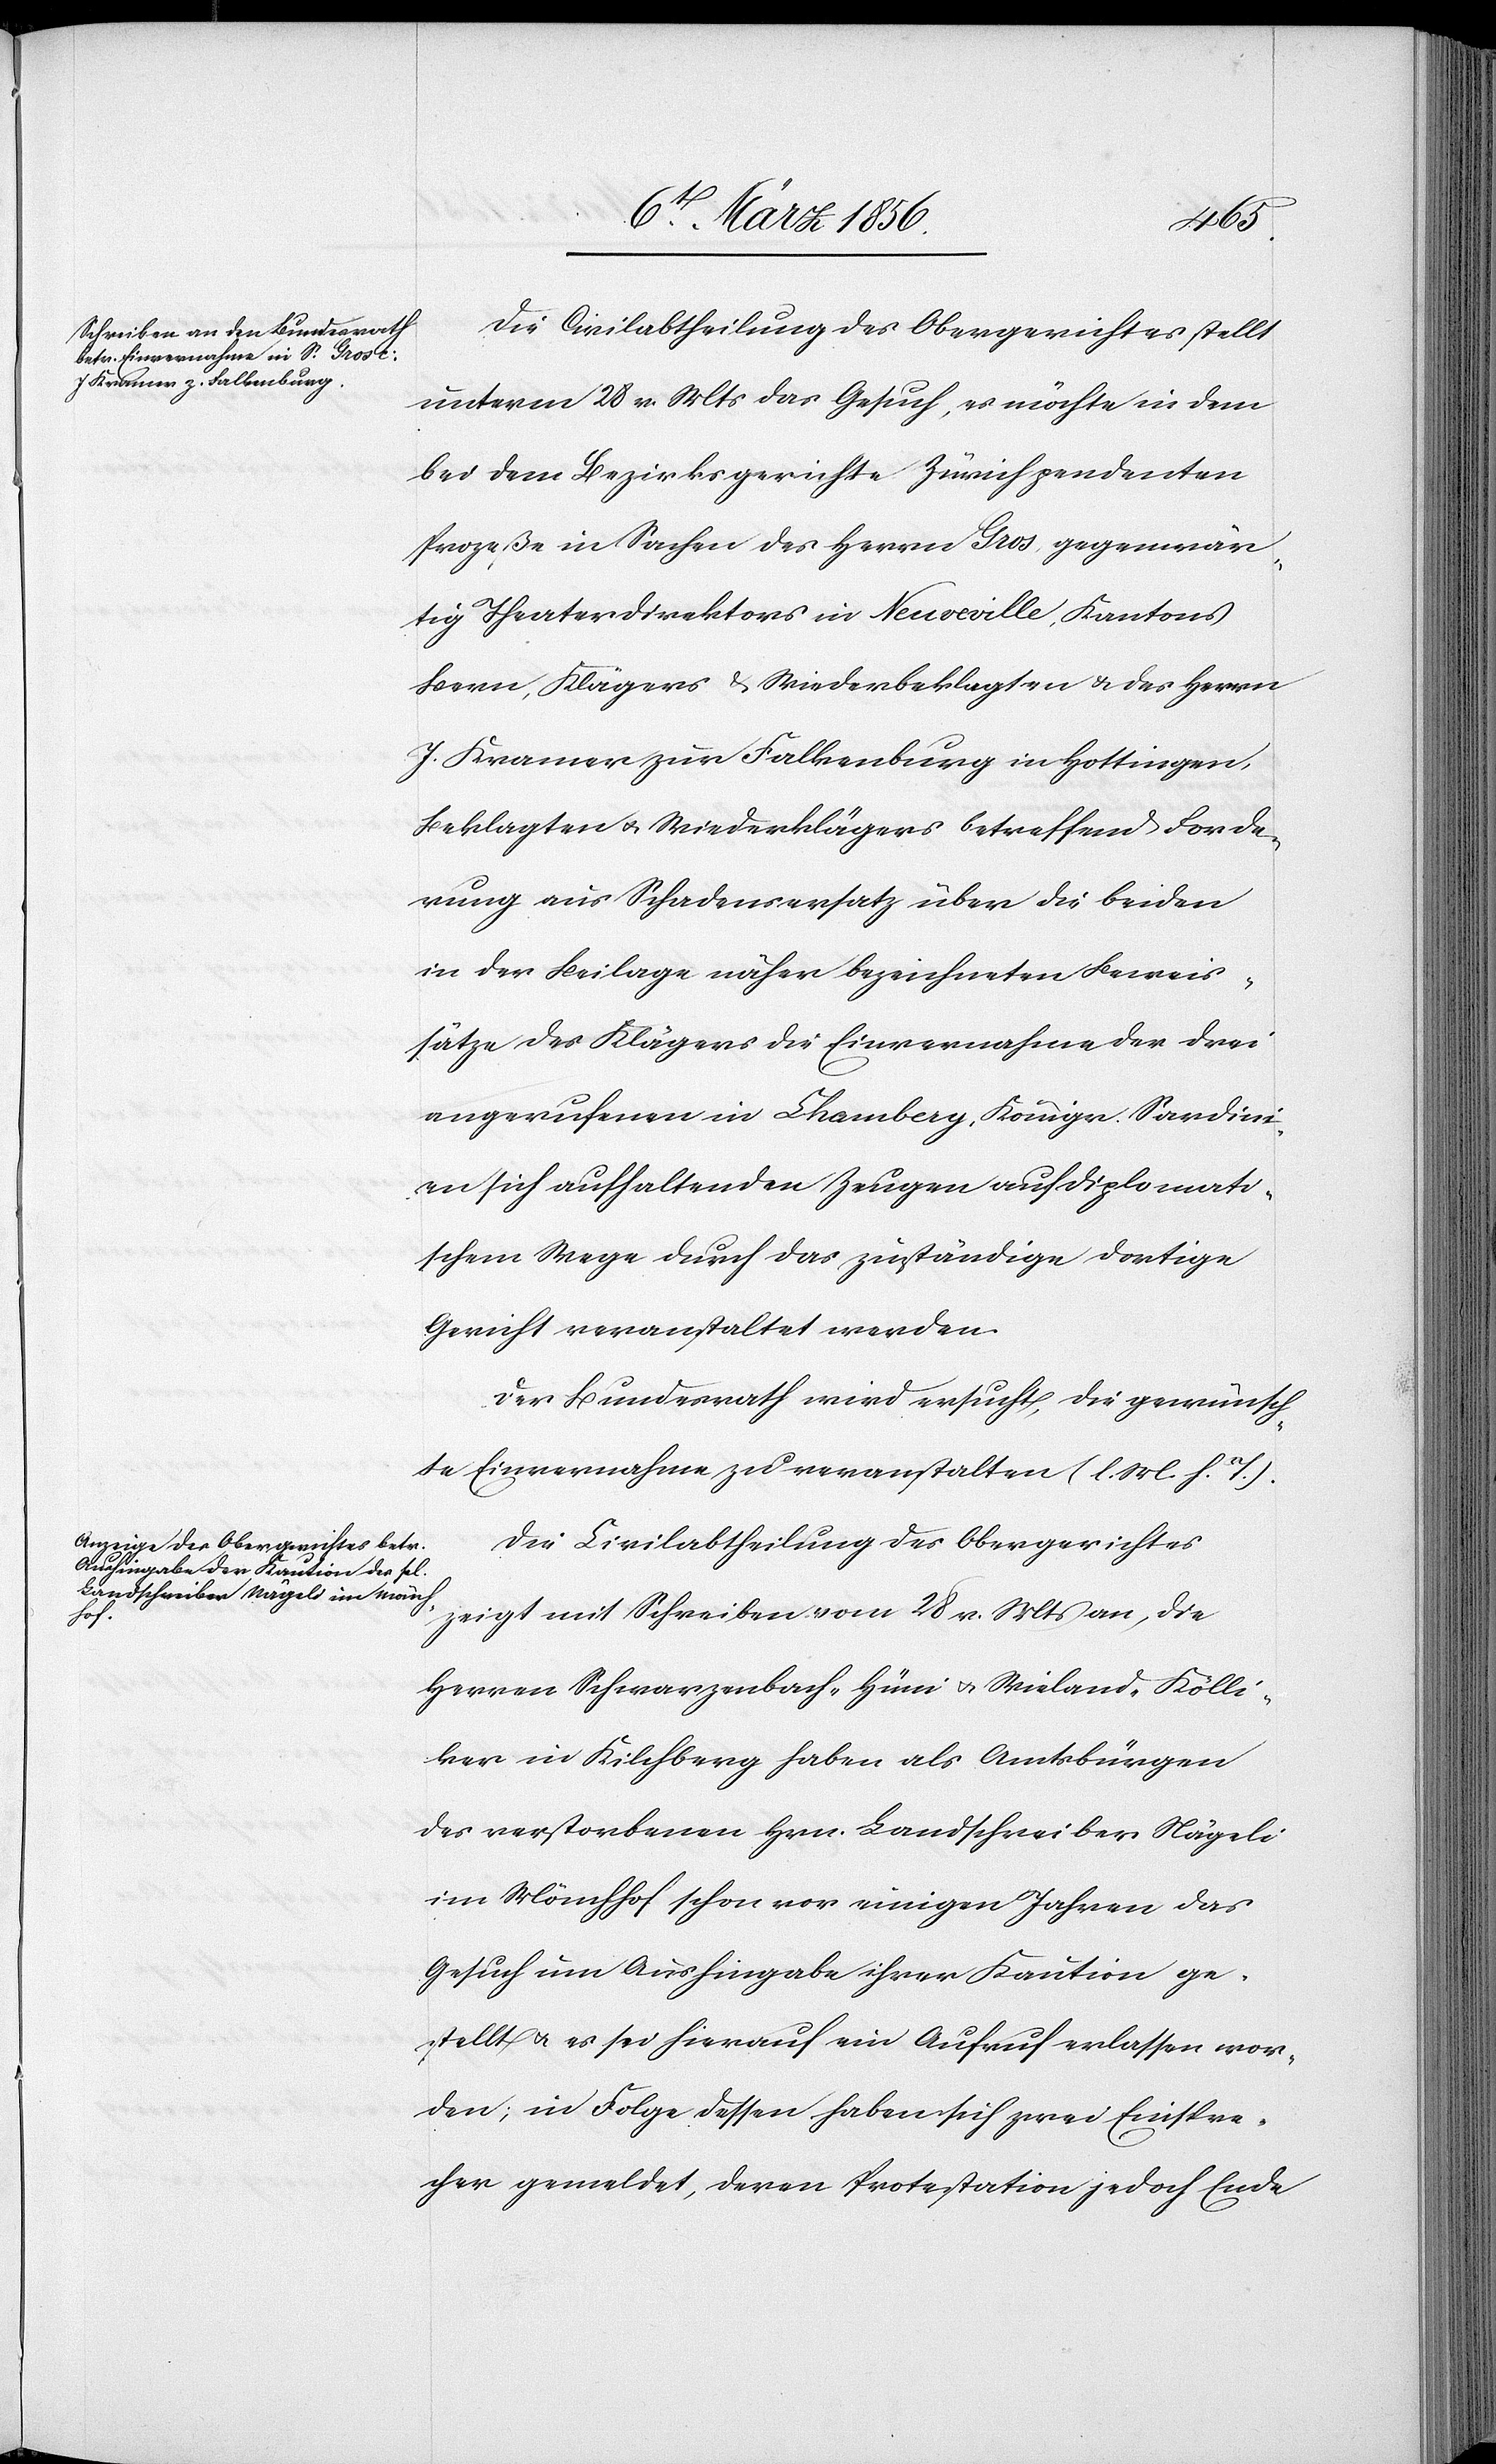
Die Civilabtheilung des Obergerichtes stellt
unterm 28 v. Mts das Gesuch, es möchte in dem
bei dem Bezirksgerichte Zürich pendenten
Prozeße in Sachen des Herrn Gros gegenwär¬
tig Theaterdirektors in Neuveville, Kantons
Bern, Klägers & Wiederbeklagten & des Herrn
J. Kramer zur Falkenburg in Hottingen,
Beklagten u. Widerklägers betreffend Forde¬
rung aus Schadensersatz über die beiden
in der Beilage näher bezeichneten Beweis¬
sätze des Klägers die Einvernahme der drei
angerufenen in Chambery, Königr. Sardini¬
en sich aufhaltenden Zeugen auf diplomati¬
schem Wege durch das zuständige dortige
Gericht veranstaltet werden.
Der Bundesrath wird ersucht, die gewünsch¬
te Einvernahme zu veranstalten (l. M. h. T.).
Die Civilabtheilung des Obergerichtes
zeigt mit Schreiben vom 28 v. Mts an, die
Herren Schwarzenbach-Hüni u. Wieland-Kölli¬
ker in Kilchberg haben als Amtsbürgen
des verstorbenen Hrn. Landschreiber Nägeli
im Mönchhof schon vor einigen Jahren das
Gesuch um Aushingabe ihrer Kaution ge¬
stellt u. es sei hierauf ein Aufruf erlassen wor¬
den; in Folge dessen haben sich zwei Einspre¬
cher gemeldet, deren Protestation jedoch Ende